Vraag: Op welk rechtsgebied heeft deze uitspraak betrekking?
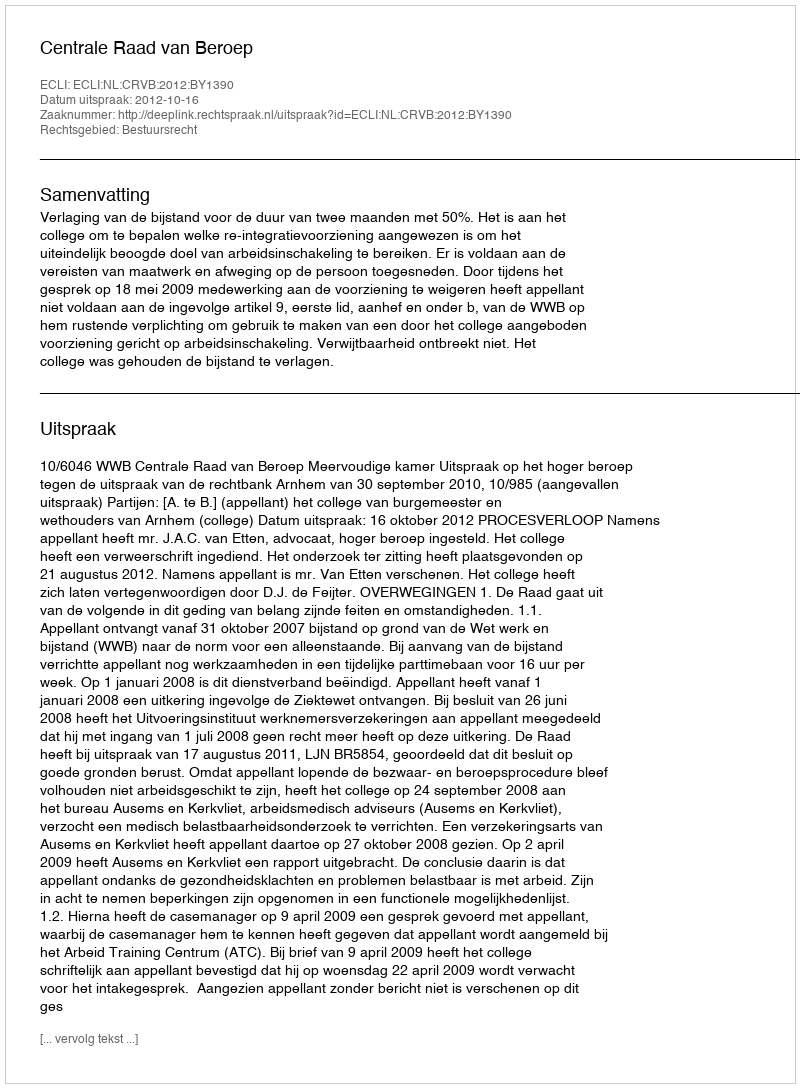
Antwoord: Bestuursrecht